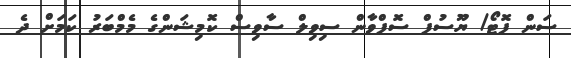
ސަން ފޮޓޯ/ ޔޫސުފް ސޮފްވާން ސިވިލް ސާވިސް ކޮމިޝަންގެ މެމްބަރު ކަމަށް ދެ